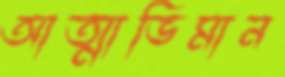
আত্মাভিমান